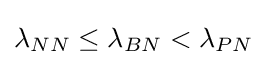
\textstyle \lambda _{NN}\leq \lambda _{BN}<\lambda _{PN}